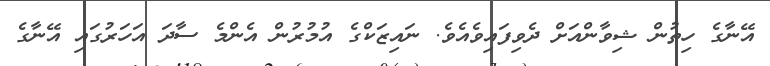
އޭނާގެ ހިތުން ޝިވާންއަށް ދެވިފައިވެއެވެ. ނައިޒަކްގެ އުމުރުން އެންމެ ސާދަ އަހަރުގައި އޭނާގެ